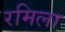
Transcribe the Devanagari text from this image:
रमिला